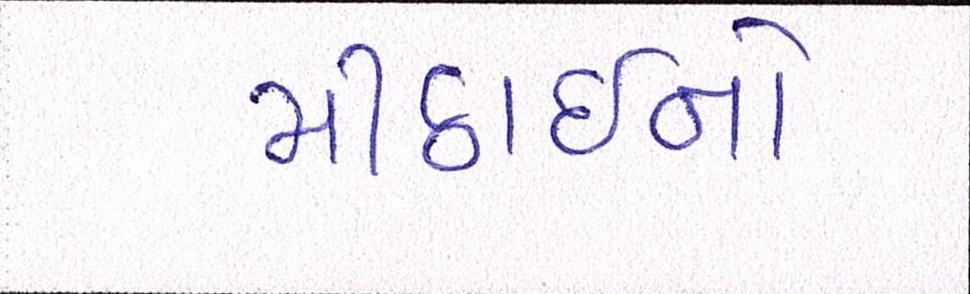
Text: મીઠાઈનો